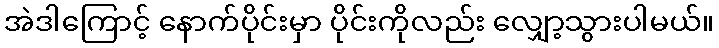
အဲဒါကြောင့် နောက်ပိုင်းမှာ ပိုင်းကိုလည်း လျှော့သွားပါမယ်။